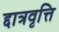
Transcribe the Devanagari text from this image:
द्दात्रवृत्ति